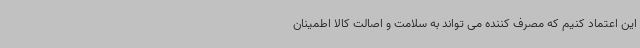
این اعتماد کنیم که مصرف کننده می تواند به سلامت و اصالت کالا اطمینان